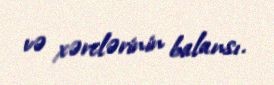
və xərclərinin balansı.